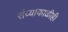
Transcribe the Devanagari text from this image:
संध्याकाळीही